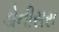
ડોનીસસ